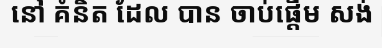
នៅ គំនិត ដែល បាន ចាប់ផ្តើម សង់